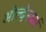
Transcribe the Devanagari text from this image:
ओल्देनबर्ग